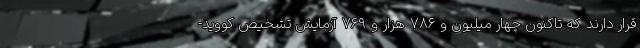
قرار دارند که تاکنون چهار میلیون و ۷۸۶ هزار و ۷۶۹ آزمایش تشخیص کووید-